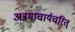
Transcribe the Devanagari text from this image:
अन्नमाचार्यचरित्